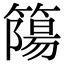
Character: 𥳜